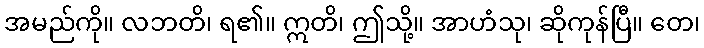
အမည်ကို။ လဘတိ၊ ရ၏။ ဣတိ၊ ဤသို့။ အာဟံသု၊ ဆိုကုန်ပြီ။ တေ၊